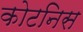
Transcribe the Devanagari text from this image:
कोटनिस